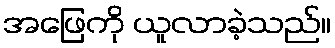
အဖြေကို ယူလာခဲ့သည်။